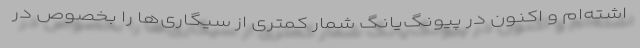
اشته‌ام و اکنون در پیونگ‌یانگ شمار کمتری از سیگاری‌ها را بخصوص در